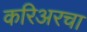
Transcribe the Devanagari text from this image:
करिअरचा